Scottish Leaving Certificate Examination, 1961
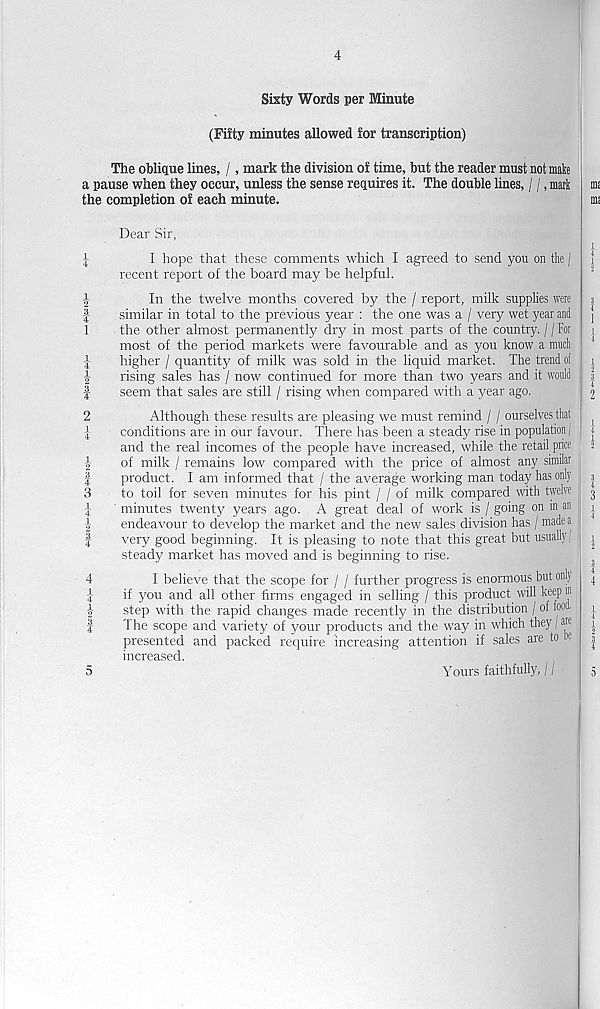
4—
CO^IccmH
to -Hcoco]MrfHM )—‘rHcocoH
-P-H
4
Sixty Words per Minute
(Fifty minutes allowed for transcription)
The oblique lines, /, mark the division of time, but the reader must not make
a pause when they occur, unless the sense requires it. The double lines, / /, mark
the completion of each minute.
Dear Sir,
I hope that these comments which I agreed to send you on the j
recent report of the board may be helpful.
In the twelve months covered by the / report, milk supplies were
similar in total to the previous year : the one was a / very wet year and
the other almost permanently dry in most parts of the country. / / For
most of the period markets were favourable and as you know a muck
higher / quantity of milk was sold in the liquid market. The trend of
rising sales has / now continued for more than two years and it would
seem that sales are still / rising when compared with a year ago.
Although these results are pleasing we must remind / / ourselves that
conditions are in our favour. There has been a steady rise in population j
and the real incomes of the people have increased, while the retail price
of milk / remains low compared with the price of almost any similar
product. I am informed that / the average working man today has only
to toil for seven minutes for his pint / / of milk compared with twelve
minutes twenty years ago. A great deal of work is / going on in an
endeavour to develop the market and the new sales division has / made a
very good beginning. It is pleasing to note that this great but usually /
steady market has moved and is beginning to rise.
I believe that the scope for / / further progress is enormous but only
if you and all other firms engaged in selling / this product will keep ij 1
step with the rapid changes made recently in the distribution / of food'
The scope and variety of your products and the way in which they / an
presented and packed require increasing attention if sales are to be
increased.
Yours faithfully, / /
5